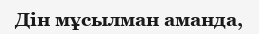
Дін мұсылман аманда,